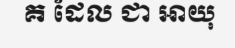
គ ដែល ជា អាយុ